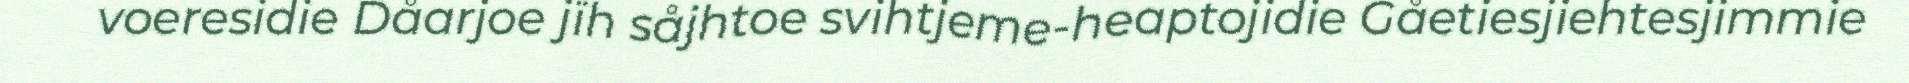
voeresidie Dåarjoe jïh såjhtoe svihtjeme-heaptojidie Gåetiesjiehtesjimmie